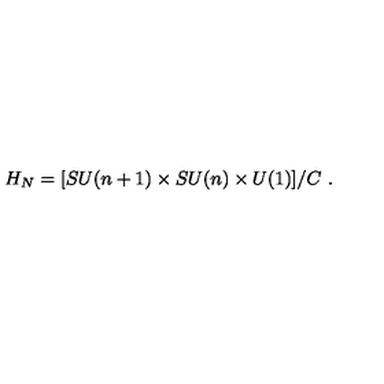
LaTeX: H _ { N } = [ S U ( n + 1 ) \times S U ( n ) \times U ( 1 ) ] / C \ .